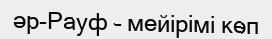
әр-Рауф – мейірімі көп